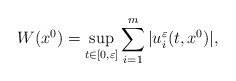
\begin{align*}W(x^0) = \sup_{t\in [0,\varepsilon]}\sum_{i=1}^m |u_i^{\varepsilon}(t,x^0)|,\end{align*}